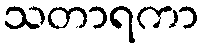
သတာရကာ